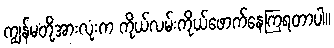
ကျွန်မတို့အားလုံးက ကိုယ်လမ်းကိုယ်ဖောက်နေကြရတာပါ။